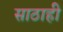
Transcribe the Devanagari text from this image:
साठाही